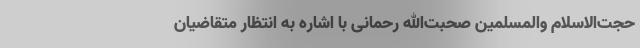
حجت‌الاسلام والمسلمین صحبت‌الله رحمانی با اشاره به انتظار متقاضیان